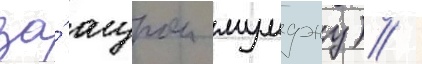
за́ угуром мумджу) /